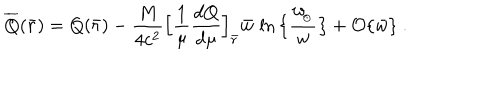
\overline { { Q } } ( \bar { r } ) = Q ( \bar { r } ) - { \frac { M } { 4 c ^ { 2 } } } \Big [ { \frac { 1 } { \mu } } { \frac { d Q } { d \mu } } \Big ] _ { \bar { r } } \bar { w } \, \ln \big \{ { \frac { w _ { \! _ { \odot } } } { w } } \big \} + { \cal O } \{ \bar { w } \} \ .